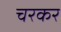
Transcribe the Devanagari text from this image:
चरकर